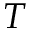
T